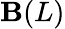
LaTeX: \mathbf{B}(L)